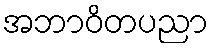
အဘာဝိတပညာ